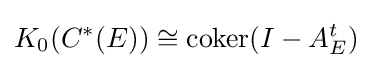
K_{0}(C^{*}(E))\cong \operatorname {coker} (I-A_{E}^{t})